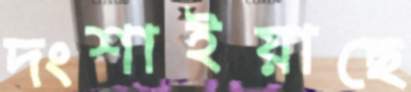
দংশাইয়াছে